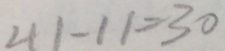
4 1 - 1 1 = 3 0